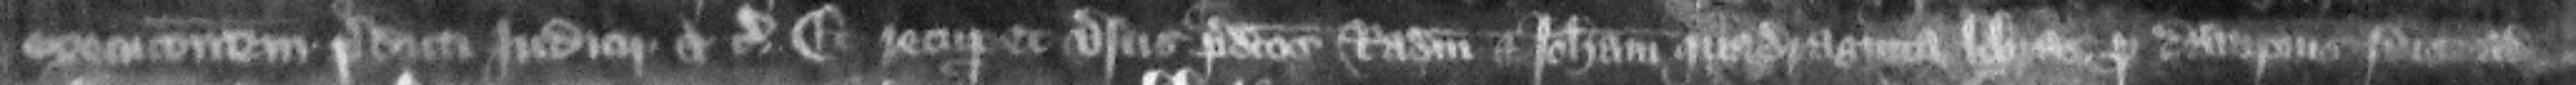
execucionem predicti iudicii etc. et recuperet versus predictos Radulfum et Iohannam quadraginta libras pro dampnis suis ad